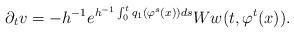
LaTeX: \begin{align*} \partial_t v=-h^{-1} e^{h^{-1}\int_0^t q_1(\varphi^s(x))ds}Ww(t,\varphi^t(x)).\end{align*}